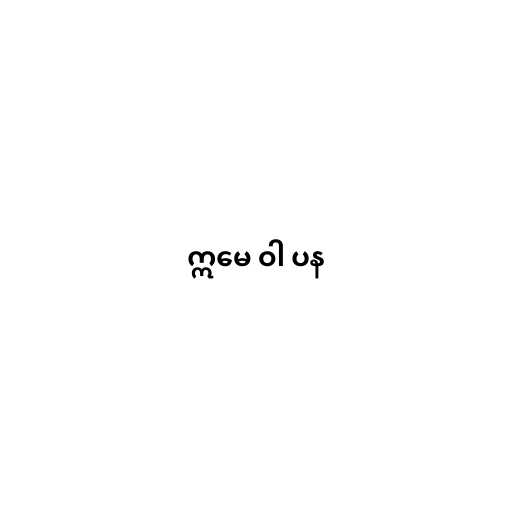
ဣမေ ဝါ ပန